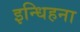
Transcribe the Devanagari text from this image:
इन्धिहना